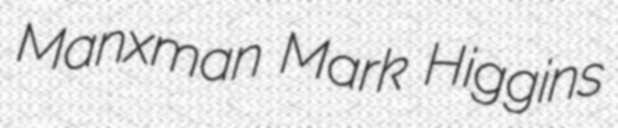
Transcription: Manxman Mark Higgins